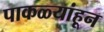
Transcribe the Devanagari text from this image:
पाकळ्यांहून